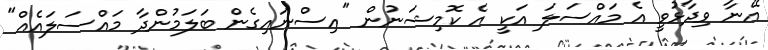
އޭނާ ވިދާޅުވީ އެ މައްސަލަ އަކީ އެ ކޮމިޝަނުން "އިސްނައިގެން ބަލަމުންދާ މައްސަލައެއް"